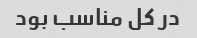
در کل مناسب بود